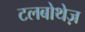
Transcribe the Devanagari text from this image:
टलबोथेज़